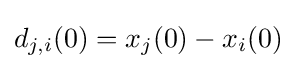
d_{j,i}(0)=x_{j}(0)-x_{i}(0)